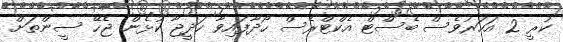
ކުރީ 2 އަހަރުވެސް ބެސްޓް އެކްޓްރެސް ހޯދާފައިވާ ހަދީޖާ ކުޅެން ޖެހޭ ސީންތަށް